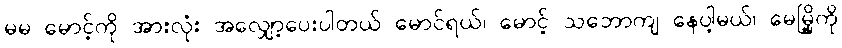
မမ မောင့်ကို အားလုံး အလျှော့ပေးပါတယ် မောင်ရယ်၊ မောင့် သဘောကျ နေပါ့မယ်၊ မေမြို့ကို